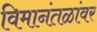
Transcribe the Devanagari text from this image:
विमानंतळांवर